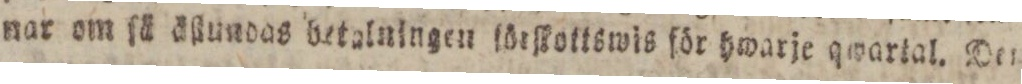
nar om ſä äſlundas betalningen förſkottswis för hwarje qwartal. Der